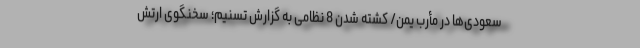
سعودی‌ها در مأرب یمن/ کشته شدن 8 نظامی به گزارش تسنیم؛ سخنگوی ارتش